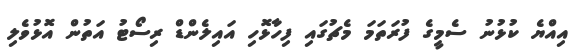
އިއްޔެ ކުޅުނު ސެމީގެ ފުރަތަމަ މެޗުގައި ފިހާޅޮހި އައިލެންޑް ރިސޯޓު އަތުން އޮޅުވެލި